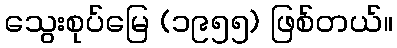
သွေးစုပ်မြေ (၁၉၅၅) ဖြစ်တယ်။